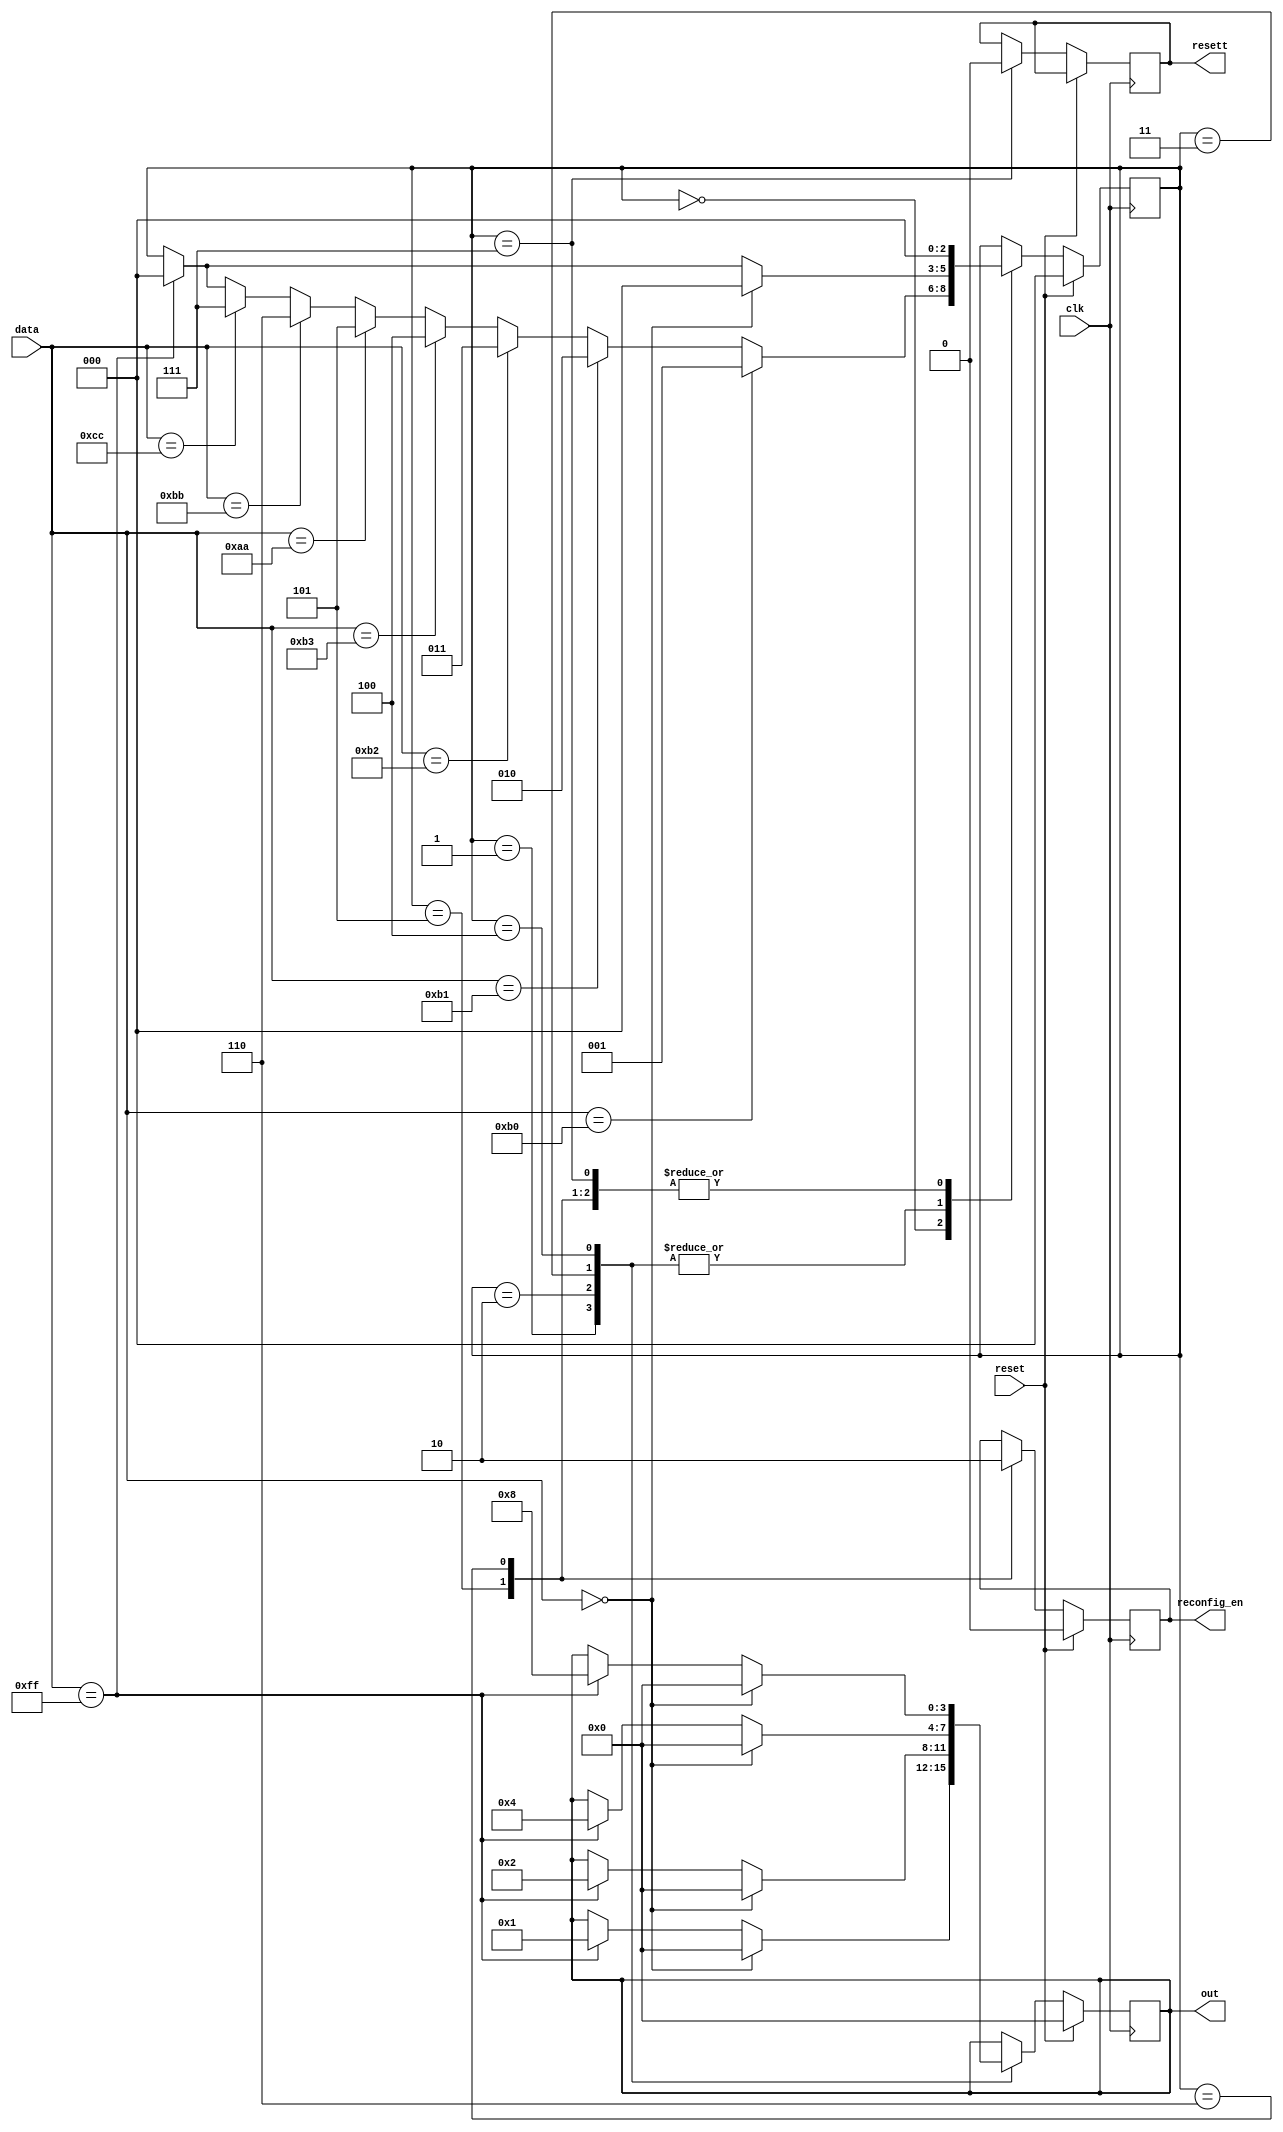
module parser(
					input 	wire 		[7:0]		data,
					input    wire 					clk,
					input    wire 					reset,
					output   reg  		[3:0]    out,
					output   reg               reconfig_en,
					output   reg               resett
);
//------------------
reg [2:0] state = 0;
//------------------
localparam ID_KEY    = 0;
localparam KEY_0     = 1;
localparam KEY_1     = 2;
localparam KEY_2     = 3;
localparam KEY_3     = 4;
localparam REC_ON    = 5;
localparam REC_OFF   = 6;
localparam RESET_ON  = 7;
localparam RESET_OFF = 8;
//------------------
initial begin
	out    <= 0;
	resett <= 0;
end

always @(posedge clk) begin
	if (reset) begin
		out   	   <= 0;
		state 	   <= ID_KEY;
		reconfig_en <= 0;
	end else begin	
		case (state)
			ID_KEY: begin			
				if (data == 8'hB0) begin
					state <= KEY_0;
				end else if (data == 8'hB1) begin
					state <= KEY_1;
				end else if (data == 8'hB2) begin
					state <= KEY_2;
				end else if (data == 8'hB3) begin
					state <= KEY_3;	
				end else if (data == 8'hAA) begin
					state <= REC_ON;
				end else if (data == 8'hBB) begin
					state <= REC_OFF;
				end else if (data == 8'hCC) begin
					state <= RESET_ON;
				end else if (data == 8'hFF) begin
					state <= RESET_OFF;
				end
			end
			KEY_0: begin
				if (data == 8'h00) begin
					out <= 4'b0000;
					state <= ID_KEY;
				end else if (data == 8'hFF) begin
					out <= 4'b0001;
					state <= ID_KEY;
				end 
			end
			KEY_1: begin
				if (data == 8'h00) begin
					out <= 4'b0000;
					state <= ID_KEY;
				end else if (data == 8'hFF) begin
					out <= 4'b0010;
					state <= ID_KEY;
				end 
			end
			KEY_2: begin
				if (data == 8'h00) begin
					out <= 4'b0000;
					state <= ID_KEY;
				end else if (data == 8'hFF) begin
					out <= 4'b0100;
					state <= ID_KEY;
				end 
			end
			KEY_3: begin
				if (data == 8'h00) begin
					out   <= 4'b0000;
					state <= ID_KEY;
				end else if (data == 8'hFF) begin
					out   <= 4'b1000;
					state <= ID_KEY;
				end 
			end
			REC_ON: begin
				reconfig_en <= 1;
				state       <= ID_KEY;
			end
			REC_OFF: begin
				reconfig_en <= 0;
				state <= ID_KEY;
			end
			RESET_ON: begin
				resett <= 0;
				state  <= ID_KEY;
			end
			RESET_OFF: begin
				resett <= 1;
				state  <= ID_KEY;
			end
			default ;
		endcase
	end	
end

endmodule